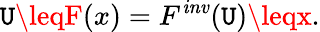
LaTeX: {\mathtt{U}\leqF(x)}={F^{\mathit{{inv}}}(\mathtt{U})\leqx}.